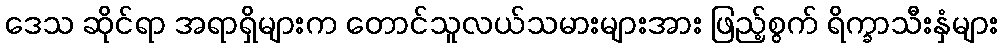
ဒေသ ဆိုင်ရာ အရာရှိများက တောင်သူလယ်သမားများအား ဖြည့်စွက် ရိက္ခာသီးနှံများ